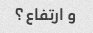
و ارتفاع؟